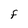
Character: F